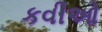
કવીઓ